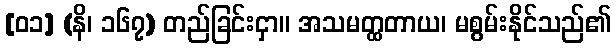
[၀၁] (နိ၊ ၁၆၇) တည်ခြင်းငှာ။ အသမတ္ထတာယ၊ မစွမ်းနိုင်သည်၏